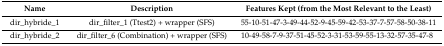
<table><thead><tr><td><b>Name</b></td><td><b>Description</b></td><td><b>Features Kept (from the Most Relevant to the Least)</b></td></tr></thead><tbody><tr><td>dir_hybride_1</td><td>dir_filter_1 (Ttest2) + wrapper (SFS)</td><td>55-10-51-47-3-49-44-52-9-45-59-42-53-37-7-57-58-50-38-11</td></tr><tr><td>dir_hybride_2</td><td>dir_filter_6 (Combination) + wrapper (SFS)</td><td>10-49-58-7-9-37-51-45-52-3-31-53-59-55-13-32-57-35-47-8</td></tr></tbody></table>